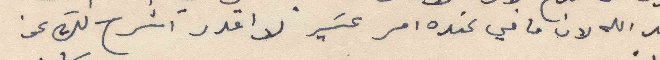
عند الله لان ما في عنده امر عسير لا اقدر اشرح لك عن